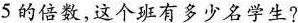
5的倍数，这个班有多少名学生?